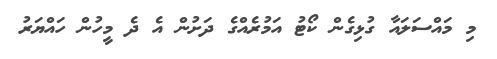
މި މައްސަލައާ ގުޅިގެން ކޯޓު އަމުރެއްގެ ދަށުން އެ ދެ މީހުން ހައްޔަރު